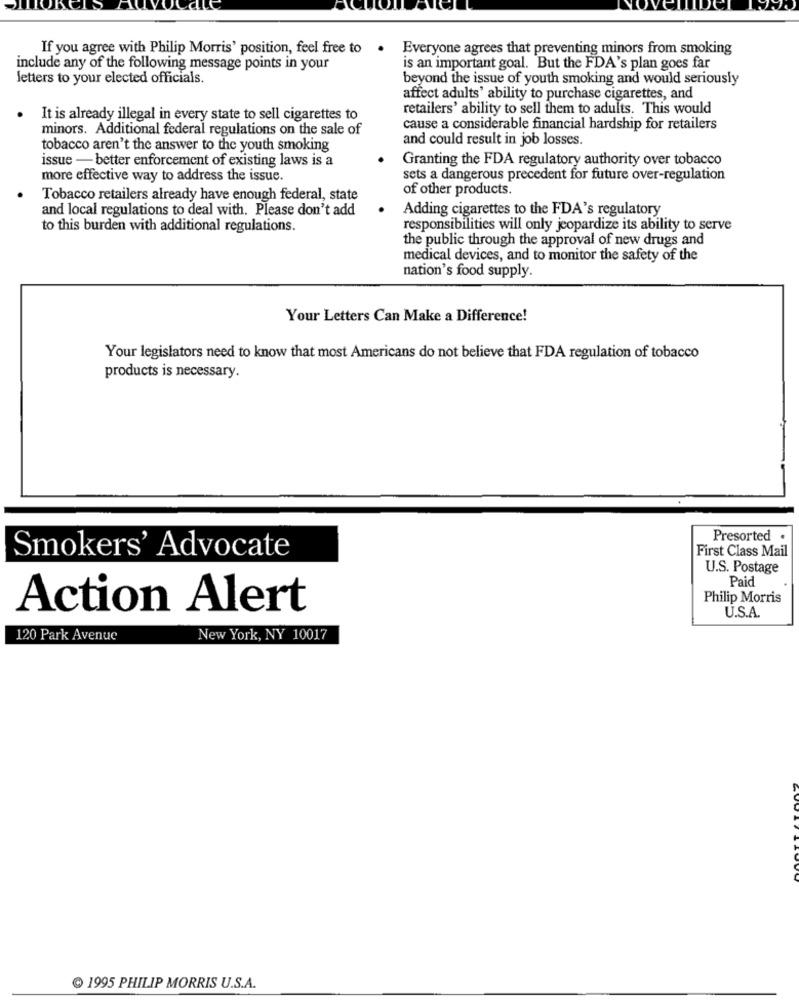
If you agree with Philip Morris' position, feel free to .
Everyone agrees that preventing minors from smoking
include any of the following message points in your
is an important goal. But the FDA's plan goes far
letters to your elected officials.
beyond the issue of youth smoking and would seriously
affect adults' ability to purchase cigarettes, and
retailers' ability to sell them to adults. This would
It is already illegal in every state to sell cigarettes to
minors. Additional federal regulations on the sale of
cause a considerable financial hardship for retailers
and could result in job losses.
tobacco aren't the answer to the youth smoking
issue - better enforcement of existing laws is a
Granting the FDA regulatory authority over tobacco
more effective way to address the issue.
sets a dangerous precedent for future over-regulation
of other products.
Tobacco retailers already have enough federal, state
and local regulations to deal with. Please don't add
Adding cigarettes to the FDA's regulatory
to this burden with additional regulations.
responsibilities will only jeopardize its ability to serve
the public through the approval of new drugs and
medical devices, and to monitor the safety of the
nation's food supply
Your Letters Can Make a Difference!
Your legislators need to know that most Americans do not believe that FDA regulation of tobacco
products is necessary.
Presorted .
First Class Mail
Smokers' Advocate
U.S. Postage
Paid
Philip Morris
Action Alert
U.S.A.
120 Park Avenue
New York, NY 10017
1995 PHILIP MORRIS U.S.A.